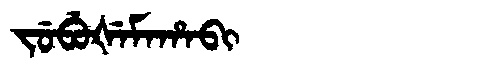
Manchu: ᠵᡠᠪᡠᡧᡝᠮᠠᡥᠠᠪᡳ
Romanization: JUBUŠEMAHABI